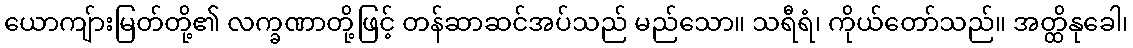
ယောကျ်ားမြတ်တို့၏ လက္ခဏာတို့ဖြင့် တန်ဆာဆင်အပ်သည် မည်သော။ သရီရံ၊ ကိုယ်တော်သည်။ အတ္ထိနုခေါ၊